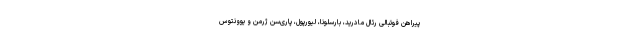
پیراهن فوتبالی رئال مادرید، بارسلونا، لیورپول، پاری‌سن ژرمن و یوونتوس